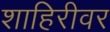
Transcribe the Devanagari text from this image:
शाहिरीवर